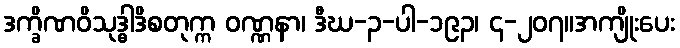
ဒက္ခိဏဝိသုဒ္ဓါဒိစတုက္က ဝဏ္ဏနာ၊ ဒီဃ-၃-ပါ-၁၉၃၊ ၄-၂၀၇။အကျိုးပေး